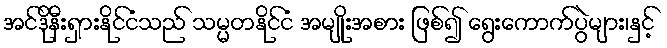
အင်ဒိုနီးရှားနိုင်ငံသည် သမ္မတနိုင်ငံ အမျိုးအစား ဖြစ်၍ ရွေးကောက်ပွဲများ၊နှင့်